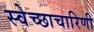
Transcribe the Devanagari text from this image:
स्वेच्छाचारिणी